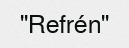
"Refrén"